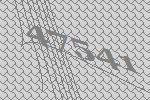
47541